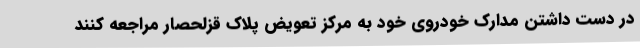
در دست داشتن مدارک خودروی خود به مرکز تعویض پلاک قزلحصار مراجعه کنند